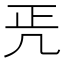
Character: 𠙁